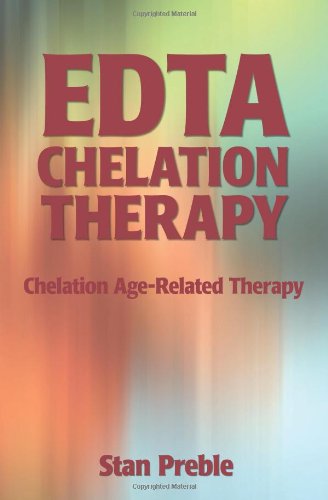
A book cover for EDTA CHELATION THERAPY; Stan Preble; Health, Fitness & Dieting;